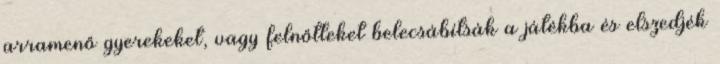
arramenő gyerekeket, vagy felnőtteket belecsábítsák a játékba és elszedjék